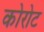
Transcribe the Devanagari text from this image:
कोरोट